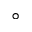
^ \circ